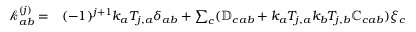
\begin{array} { r l } { \mathcal { k } _ { a b } ^ { ( j ) } = } & { { } ( - 1 ) ^ { j + 1 } k _ { a } T _ { j , a } \delta _ { a b } + \sum _ { c } ( \mathbb { D } _ { c a b } + k _ { a } T _ { j , a } k _ { b } T _ { j , b } \mathbb { C } _ { c a b } ) \xi _ { c } } \end{array}